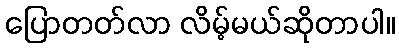
ပြောတတ်လာ လိမ့်မယ်ဆိုတာပါ။